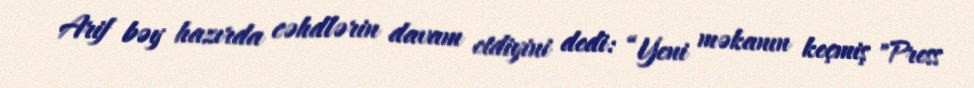
Arif bəy hazırda cəhdlərin davam etdiyini dedi: “Yeni məkanın keçmiş "Press